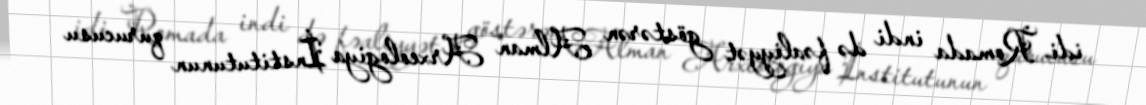
idi. Romada indi də fəaliyyət göstərən Alman Arxeologiya İnstitutunun qurucusu